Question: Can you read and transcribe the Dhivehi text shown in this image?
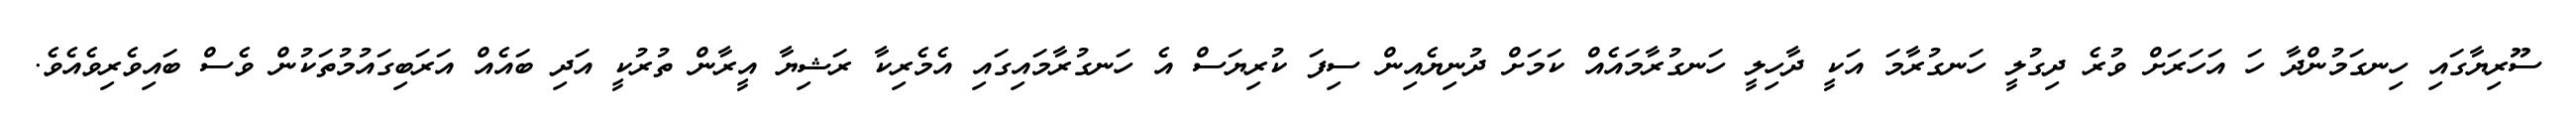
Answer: ސޫރިޔާގައި ހިނގަމުންދާ ހަ އަހަރަށް ވުރެ ދިގުލީ ހަނގުރާމަ އަކީ ދާހިލީ ހަނގުރާމައެއް ކަމަށް ދުނިޔެއިން ސިފަ ކުރިޔަސް އެ ހަނގުރާމައިގައި އެމެރިކާ ރަޝިޔާ އީރާން ތުރުކީ އަދި ބައެއް އަރަބިގައުމުތަކުން ވެސް ބައިވެރިވެއެވެ.